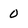
Character: 0